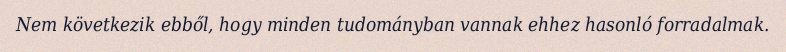
Nem következik ebből, hogy minden tudományban vannak ehhez hasonló forradalmak.